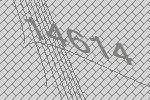
14614